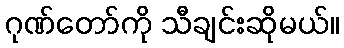
ဂုဏ်တော်ကို သီချင်းဆိုမယ်။